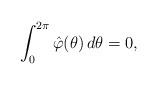
LaTeX: \begin{align*}\int_0^{ 2 \pi } \hat{\varphi} ( \theta ) \, d \theta = 0,\end{align*}